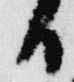
日